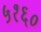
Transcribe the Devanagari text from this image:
५१६०